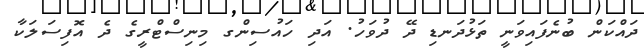
ދައްކަން ބުނެފައިވަނީ ތަޅުދަނޑި ދޭ ދުވަހު. އަދި ހައުސިންގ މިނިސްޓްރީގެ ދެ އޮފިސަލަކާ